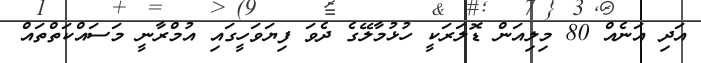
އަދި އަނެއް 80 މިލިއަން ޑޮލަރަކީ ހުޅުމާލޭގެ ދެވަަ ފިޔަވަހީގައި އުމްރާނީ މަސައްކަތްތައް